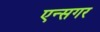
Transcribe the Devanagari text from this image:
एन्सगर